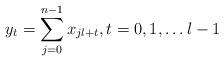
LaTeX: \begin{align*} y_t = \sum\limits_{j = 0}^{n - 1} {x_{jl + t} } ,t = 0,1, \ldots l - 1 \end{align*}